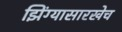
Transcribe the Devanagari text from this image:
झिंग्यासारखेच